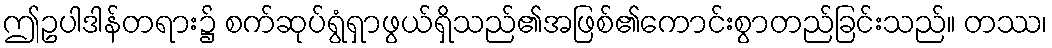
ဤဥပါဒါန်တရား၌ စက်ဆုပ်ရွံရှာဖွယ်ရှိသည်၏အဖြစ်၏ကောင်းစွာတည်ခြင်းသည်။ တဿ၊